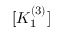
[ K _ { 1 } ^ { ( 3 ) } ]